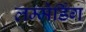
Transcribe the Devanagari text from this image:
लम्मेर्डिंग